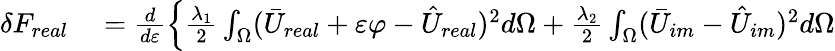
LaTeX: \begin{array}{rl}{\delta F_{real}}&{{}=\frac{d}{d\varepsilon}\left\{ \frac{\lambda_{1}}{2}\int_{\Omega}(\bar{U}_{real}+\varepsilon\varphi-\hat{U}_{real})^{2}d\Omega+\frac{\lambda_{2}}{2}\int_{\Omega}(\bar{U}_{im}-\hat{U}_{im})^{2}d\Omega\right.}\end{array}